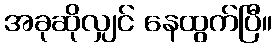
အခုဆိုလျှင် နေထွက်ပြီ။